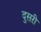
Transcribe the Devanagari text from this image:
दुसऱी